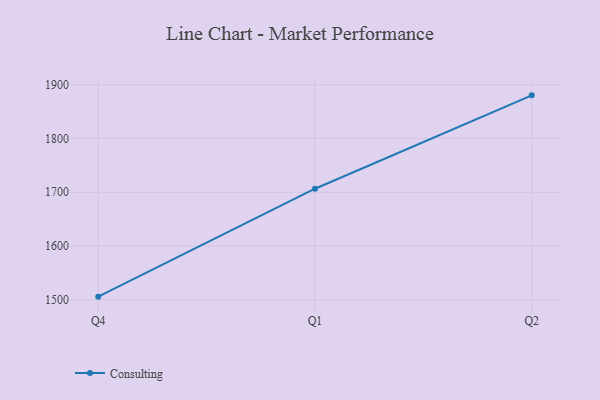
{"axis": {"x": "Quarter", "y": "Page Views"}, "legend": ["Consulting"], "data": [{"x": "Q4", "y": 1505.8, "type": "Consulting"}, {"x": "Q1", "y": 1706.6, "type": "Consulting"}, {"x": "Q2", "y": 1880.3, "type": "Consulting"}]}